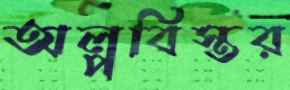
অল্পবিস্তর